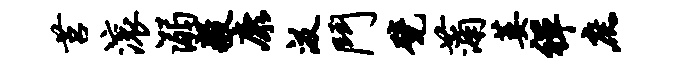
莒滚溺毅康汲斗甓蒲萎禅庶